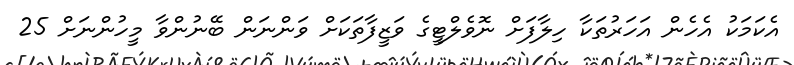
އެކަމަކު އެހެން އަހަރުތަކާ ހިލާފަށް ނޮވެލްޓީގެ ވަޒީފާތަކަށް ވަންނަން ބޭނުންވާ މީހުންނަށް 25